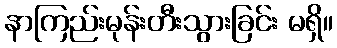
နာကြည်းမုန်းတီးသွားခြင်း မရှိ။